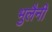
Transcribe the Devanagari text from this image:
भुलैनी